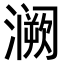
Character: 𫞝